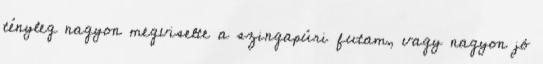
tényleg nagyon megviselte a szingapúri futam, vagy nagyon jó